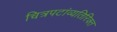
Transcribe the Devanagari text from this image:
चित्रपटांव्यतिरिक्त